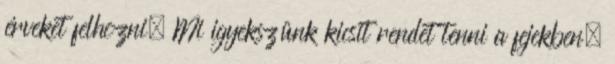
érveket felhozni. Mi igyekszünk kicsit rendet tenni a fejekben,